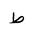
Letter: _da